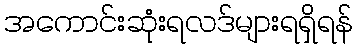
အကောင်းဆုံးရလဒ်များရရှိရန်